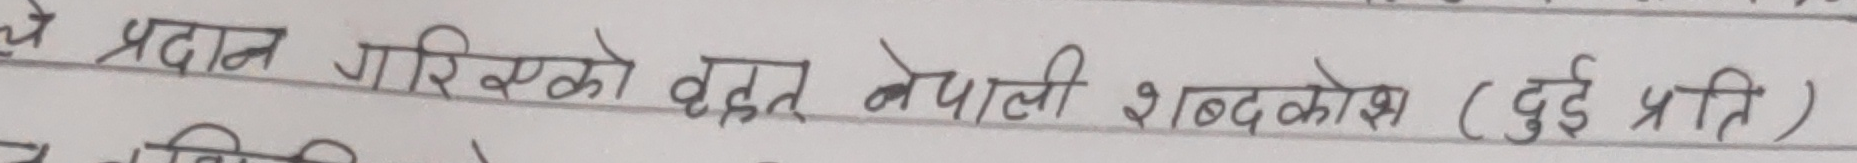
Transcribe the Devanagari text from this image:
चे प्रदान गरिएको वृहत् नेपाली शब्दकोष (दुई प्रति)